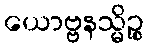
ယောဗ္ဗနသ္မိဉ္စ